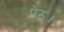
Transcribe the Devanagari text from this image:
पेठ।